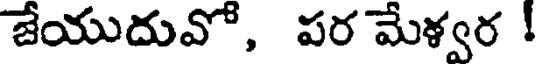
జేయుదువో, పర మేళ్వర !